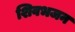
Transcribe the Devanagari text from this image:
शिवभजन